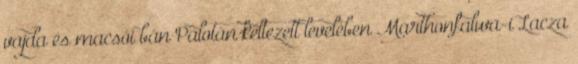
vajda és macsói bán Palotán keltezett levelében Marthonfalwa-i Lacza